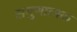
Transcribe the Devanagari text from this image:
सगुणात्मक